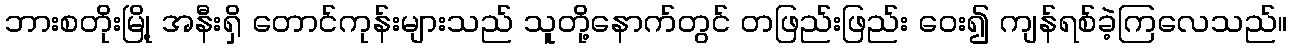
ဘားစတိုးမြို့ အနီးရှိ တောင်ကုန်းများသည် သူတို့နောက်တွင် တဖြည်းဖြည်း ဝေး၍ ကျန်ရစ်ခဲ့ကြလေသည်။